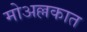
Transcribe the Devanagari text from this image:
मोअल्लकात